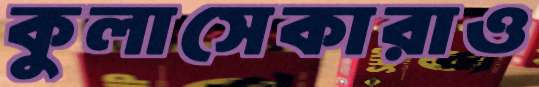
কুলাসেকারাও